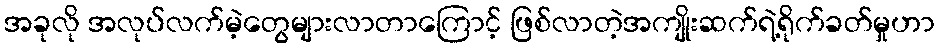
အခုလို အလုပ်လက်မဲ့တွေများလာတာကြောင့် ဖြစ်လာတဲ့အကျိုးဆက်ရဲ့ရိုက်ခတ်မှုဟာ